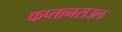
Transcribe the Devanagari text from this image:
कप्तानराउल